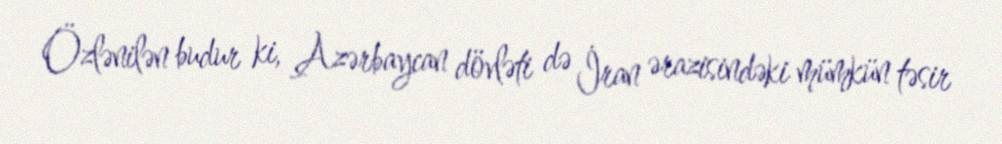
Özlənilən budur ki, Azərbaycan dövləti də İran ərazisindəki mümkün təsir